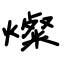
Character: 燦